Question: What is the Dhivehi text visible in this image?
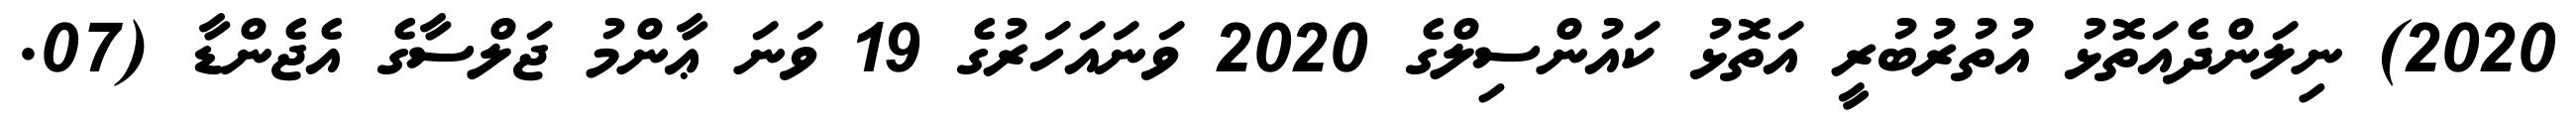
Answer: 2020) ނިލަންދެއަތޮޅު އުތުރުބުރީ އަތޮޅު ކައުންސިލްގެ 2020 ވަނައަހަރުގެ 19 ވަނަ ޢާންމު ޖަލްސާގެ އެޖެންޑާ (07.